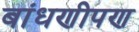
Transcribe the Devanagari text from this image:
बांधणीपण